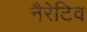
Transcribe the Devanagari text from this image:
नैरेटिव